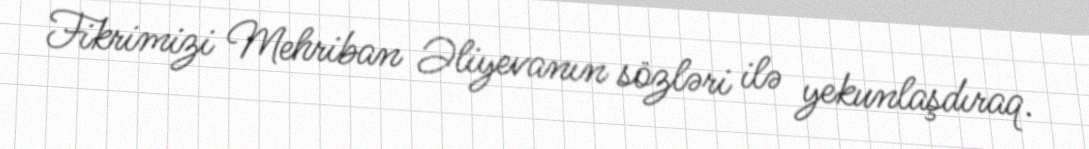
Fikrimizi Mehriban Əliyevanın sözləri ilə yekunlaşdıraq.